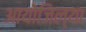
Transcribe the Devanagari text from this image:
आयोजिल्या